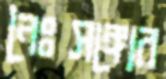
নৈঃসঙ্গ্যের